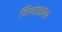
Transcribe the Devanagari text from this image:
गिधाडावर